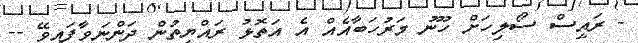
- ރައީސް ސޯލިހަށް ހޫނު މަރުހަބާއެއް އެ އަތޮޅު ރައްޔިތުން ދަންނަވާފައިވޭ --